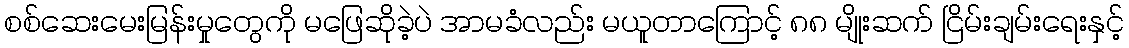
စစ်ဆေးမေးမြန်းမှုတွေကို မဖြေဆိုခဲ့ပဲ အာမခံလည်း မယူတာကြောင့် ၈၈ မျိုးဆက် ငြိမ်းချမ်းရေးနှင့်